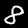
Label: 8